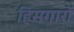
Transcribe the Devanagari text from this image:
हिमगारों